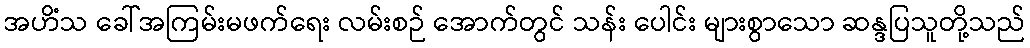
အဟိံသ ခေါ်အကြမ်းမဖက်ရေး လမ်းစဉ် အောက်တွင် သန်း ပေါင်း များစွာသော ဆန္ဒပြသူတို့သည်